Insane asylums Bombay 1873-77 - 1873-1877
Year: 1873
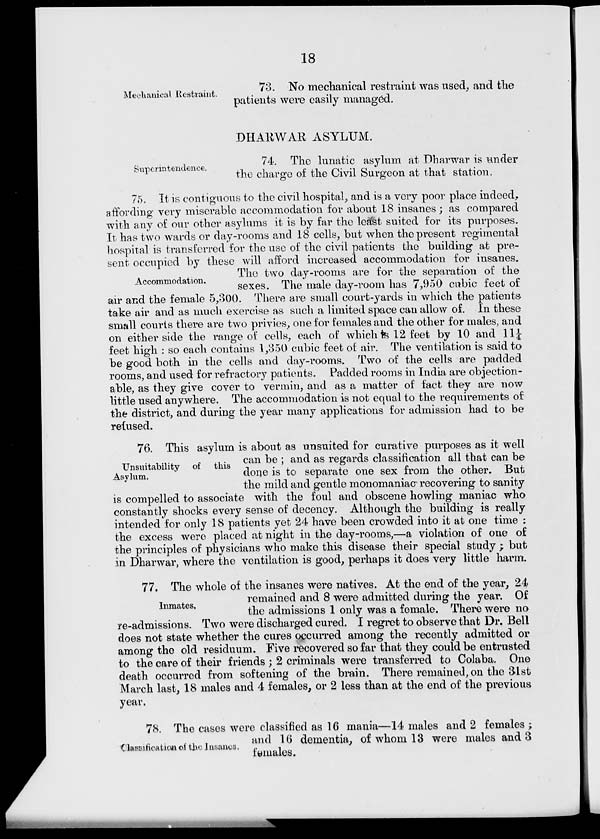
18
Mechanical Restraint.
73. No mechanical restraint was used, and the
patients were easily managed.
DHARWAR ASYLUM.
Superintendence.
74. The lunatic asylum at Dharwar is under
the charge of the Civil Surgeon at that station,
Accommodation.
75. It is contiguous to the civil hospital, and is a very poor place indeed,
affording very miserable accommodation for about 18 insanes; as compared
with any of our other asylums it is by far the least suited for its purposes.
It has two wards or day-rooms and 18 cells, but when the present regimental
hospital is transferred for the use of the civil patients the building at pre-
sent occupied by these will afford increased accommodation for insanes.
The two day-rooms are for the separation of the
sexes. The male day-room has 7,950 cubic feet of
air and the female 5,300. There are small court-yards in which the patients
take air and as much exercise as such a limited space can allow of. In these
small courts there are two privies, one for females and the other for males, and
on either side the range of cells, each of which is 12 feet by 10 and 11 1/4
feet high : so each contains 1,350 cubic feet of air. The ventilation is said to
be good both in the cells and day-rooms. Two of the cells are padded
rooms, and used for refractory patients. Padded rooms in India are objection-
able, as they give cover to vermin, and as a matter of fact they are now
little used anywhere. The accommodation is not equal to the requirements of
the district, and during the year many applications for admission had to be
refused.
Unsuitability of
this
Asylum.
76. This asylum is about as unsuited for curative purposes as it well
can be ; and as regards classification all that can be
done is to separate one sex from the other. But
the mild and gentle monomaniac recovering to sanity
is compelled to associate with the foul and obscene howling maniac who
constantly shocks every sense of decency. Although the building is really
intended for only 18 patients yet 24 have been crowded into it at one time :
the excess were placed at night in the day-rooms,—a violation of one of
the principles of physicians who make this disease their special study ; but
in Dharwar, where the ventilation is good, perhaps it does very little harm.
Inmates.
77. The whole of the insanes were natives. At the end of the year, 24
remained and 8 were admitted during the year. Of
the admissions 1 only was a female. There were no
re-admissions. Two were discharged cured. I regret to observe that Dr. Bell
does not state whether the cures occurred among the recently admitted or
among the old residuum. Five recovered so far that they could be entrusted
to the care of their friends ; 2 criminals were transferred to Colaba. One
death occurred from softening of the brain. There remained, on the 31st
March last, 18 males and 4 females, or 2 less than at the end of the previous
year.
Classification of the Insanes.
78. The cases were classified as 16 mania—14 males and 2 females ;
and 16 dementia, of whom 13 were males and 3
females.